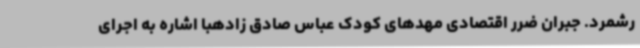
رشمرد. جبران ضرر اقتصادی مهدهای کودک عباس صادق زادهبا اشاره به اجرای